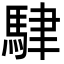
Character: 䮇